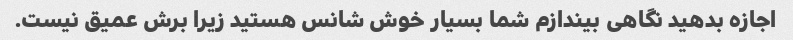
اجازه بدهید نگاهی بیندازم شما بسیار خوش شانس هستید زیرا برش عمیق نیست.